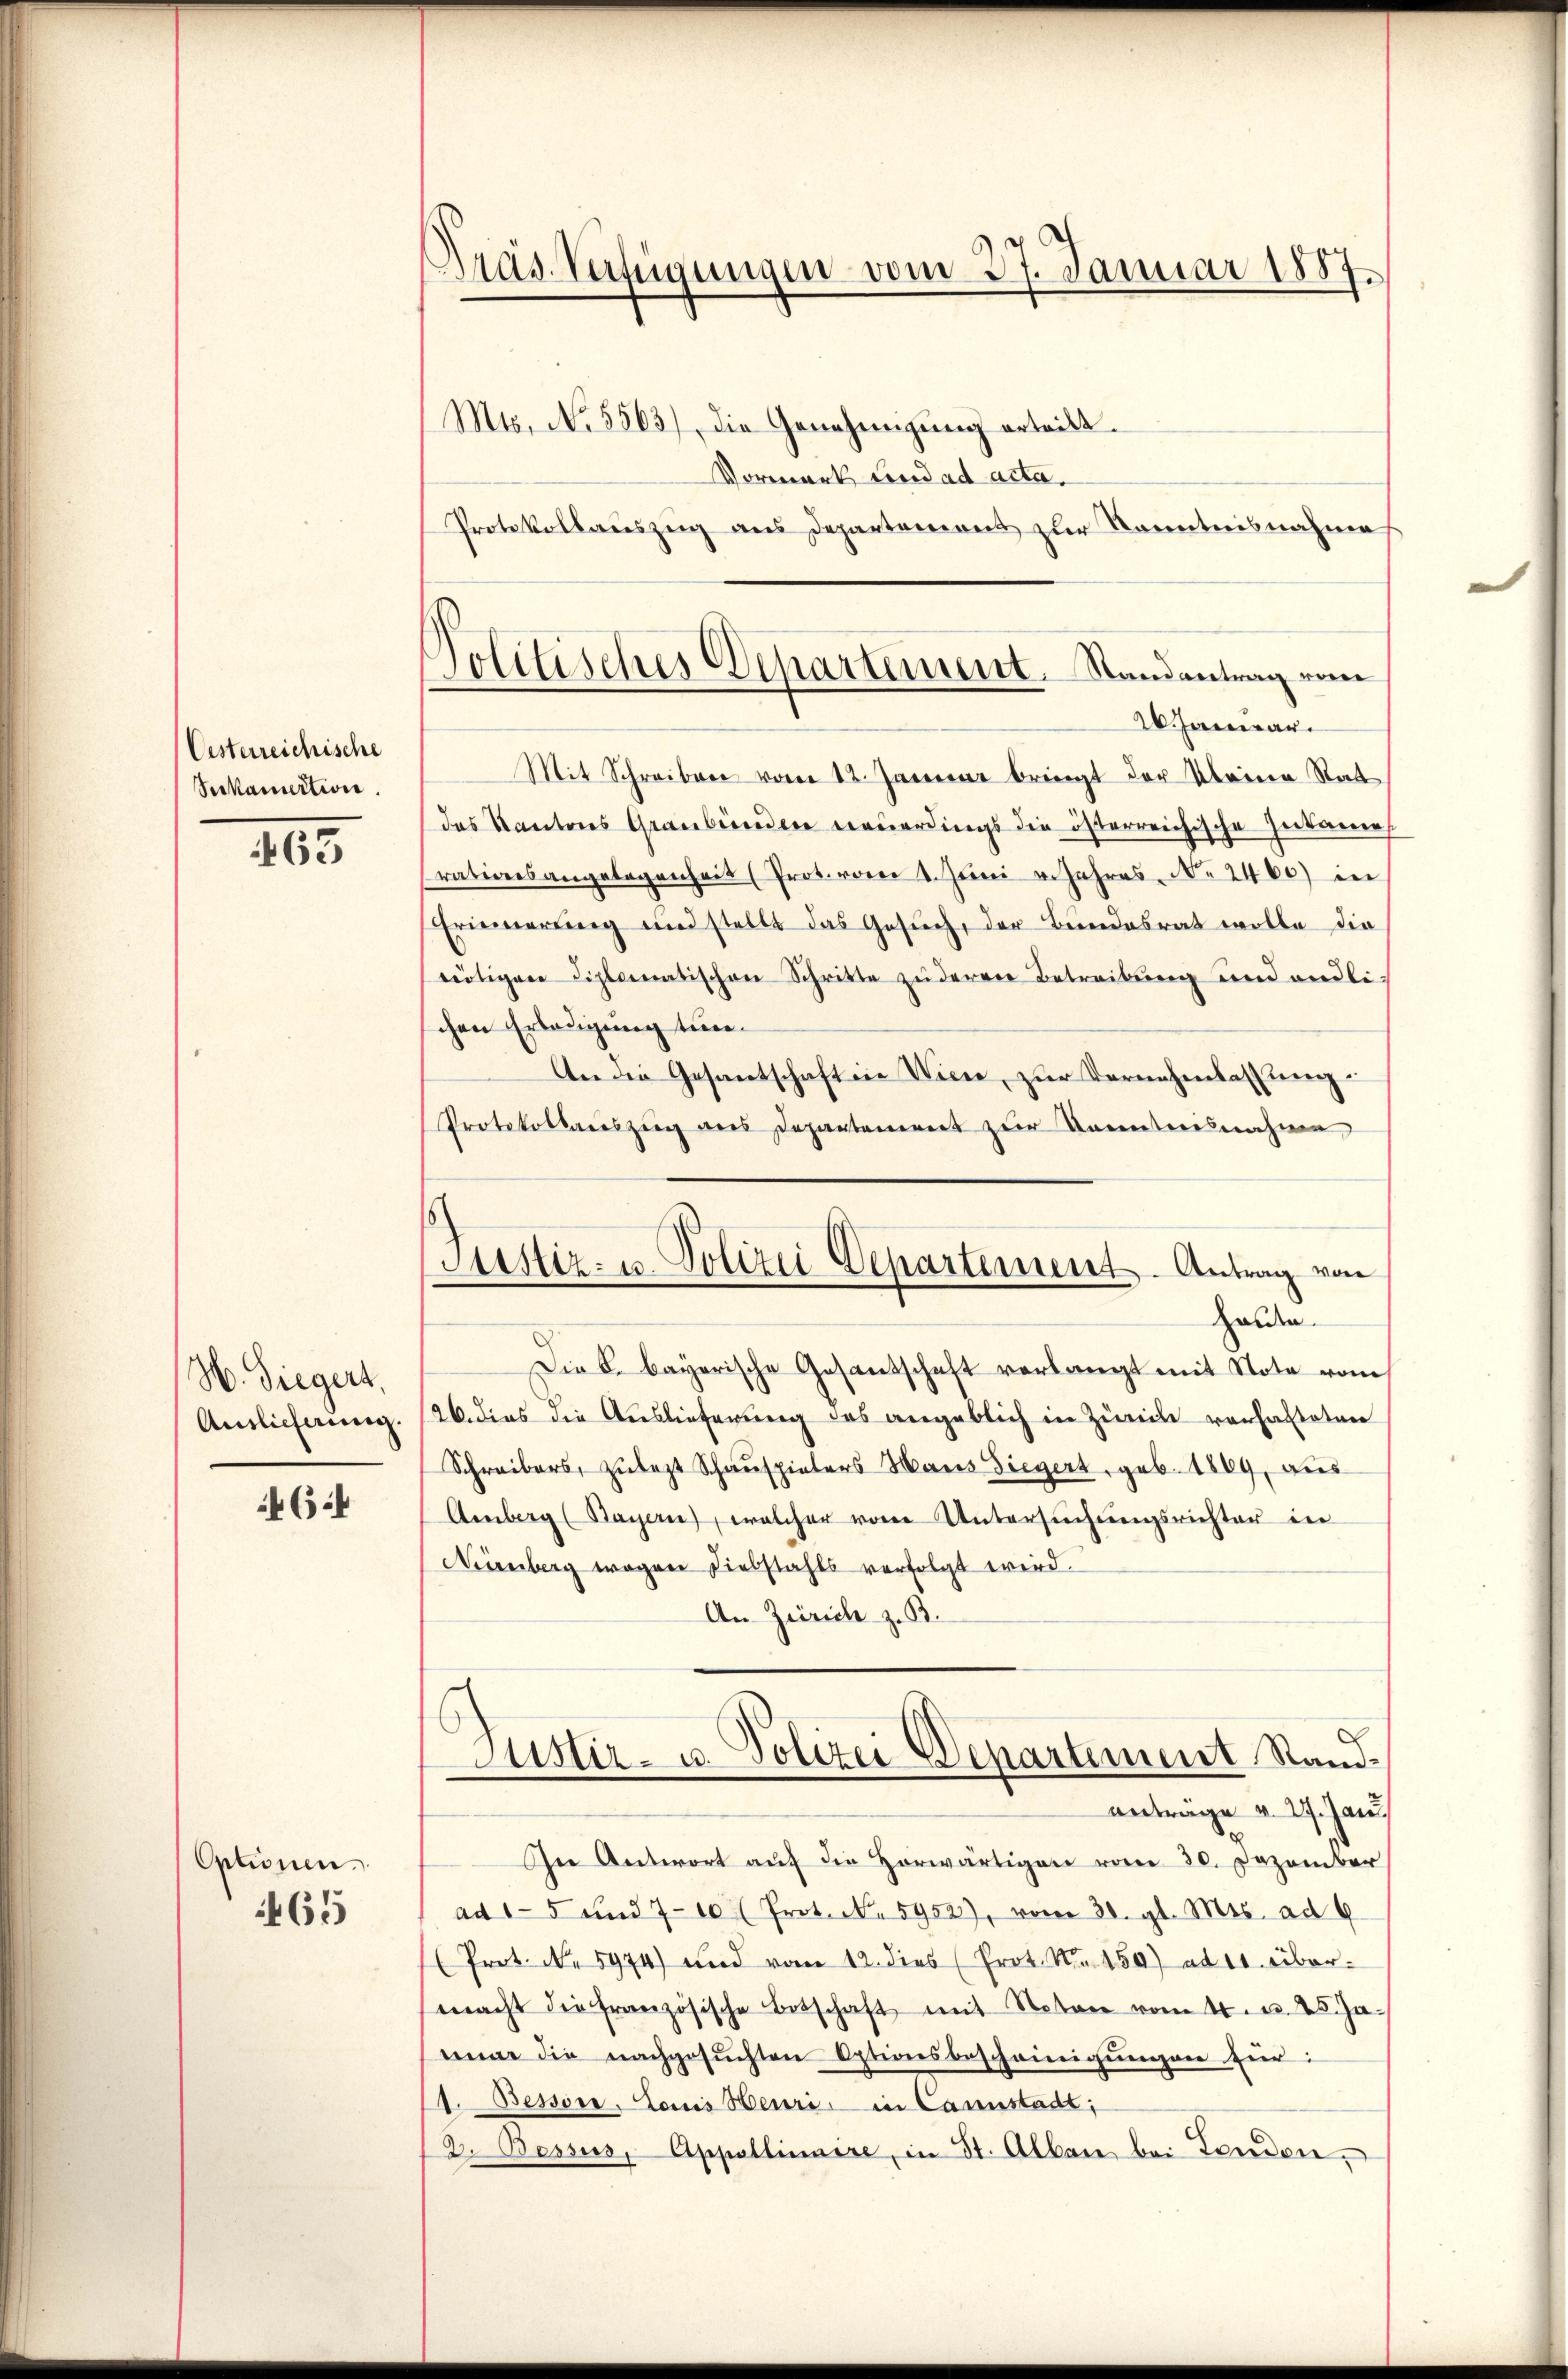
Oesterreichische
Seckauction.

63

H. Siegert,
Auslicherung.

464

Optionen.
465

Präs. Verfügungen vom 27. Januar 1887.
Mts. No. 5563), die Genehmigung erteilt.

Vormark und ad acta.
Protokollauszug aus Departemons zur Kenntnisnahme
anar
Mit Schreiben vom 12. Januar bringt der Kleine Stat
das Kantons Graubünden neuerdings die österreichische Zerkamens
rationsangelegenheit (Prot. vom 1. Juni 4 Jahres N. 2460) in
Erinnerung und stellt das Gesŭch, der Bundesrat wolle die
nötigen diplomatischen Schritte zu deren Betreibŭng und endli-
chen Erledigung tune¬
An die Gesantschaft in Wiene, zŭr Vernehmlassŭng:
Protokollauszug aus Departement zur Kenntensnahme
Die k. bayerische Gesantschaft verlangt mit Note vom
26. dies die Auslieferung des angeblich in Zürich vorhalteten
Schreibers, zulezt Schauspielers Haus Siegert, geb. 1869, aus
Amberg (Bayern), welcher von Untersŭchŭngsrichter in
Nienberg wegen Diebstahls verfolgt wird.
An Zürich z. B.
Justiz- u. Polizei Departement Stand
antrage v. 27. Jan.
In Antwort auf die Horwärtigen vom 30. Dezember
ad15 und 710 (Prot. No. 5952), vom 30. gl. Mts. ad 4
(Prot. No. 5974) und vom 12. dies (Prot. Nr. 150) ad 10. übermacht die französische Botschaft mit Notar vom 4. u. 25. Ja-
nuar die nachgesuchten Optionsbescheinigungen für:
1. Bessore. Louis Heuri in Cannstadt;
2. Bessus, Appellinire, in St. Alben bei Landen,

Solitisches Departement. Randantrag vom

Justiz- u. Polizei Departement. Antrag von
Holden.